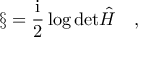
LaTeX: \S = \frac { \mathrm { i } } { 2 } \log \mathrm { d e t } { \hat { H } } \quad ,